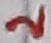
Text: 2